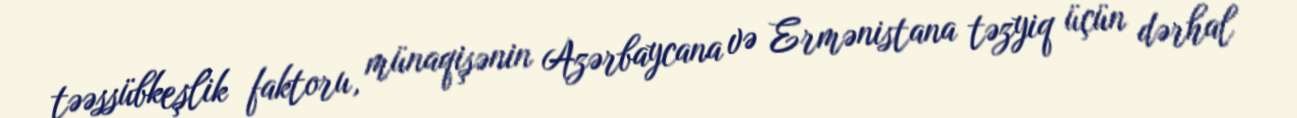
təəssübkeşlik faktoru, münaqişənin Azərbaycana və Ermənistana təzyiq üçün dərhal